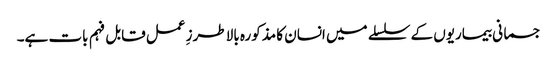
جسمانی بیماریوں کے سلسلے میں انسان کا مذکورہ بالا طرزِ عمل قابل فہم بات ہے۔